65_HS1-834228961_62-HQ-83894_Serial_130
Agency: FBI
Page 30
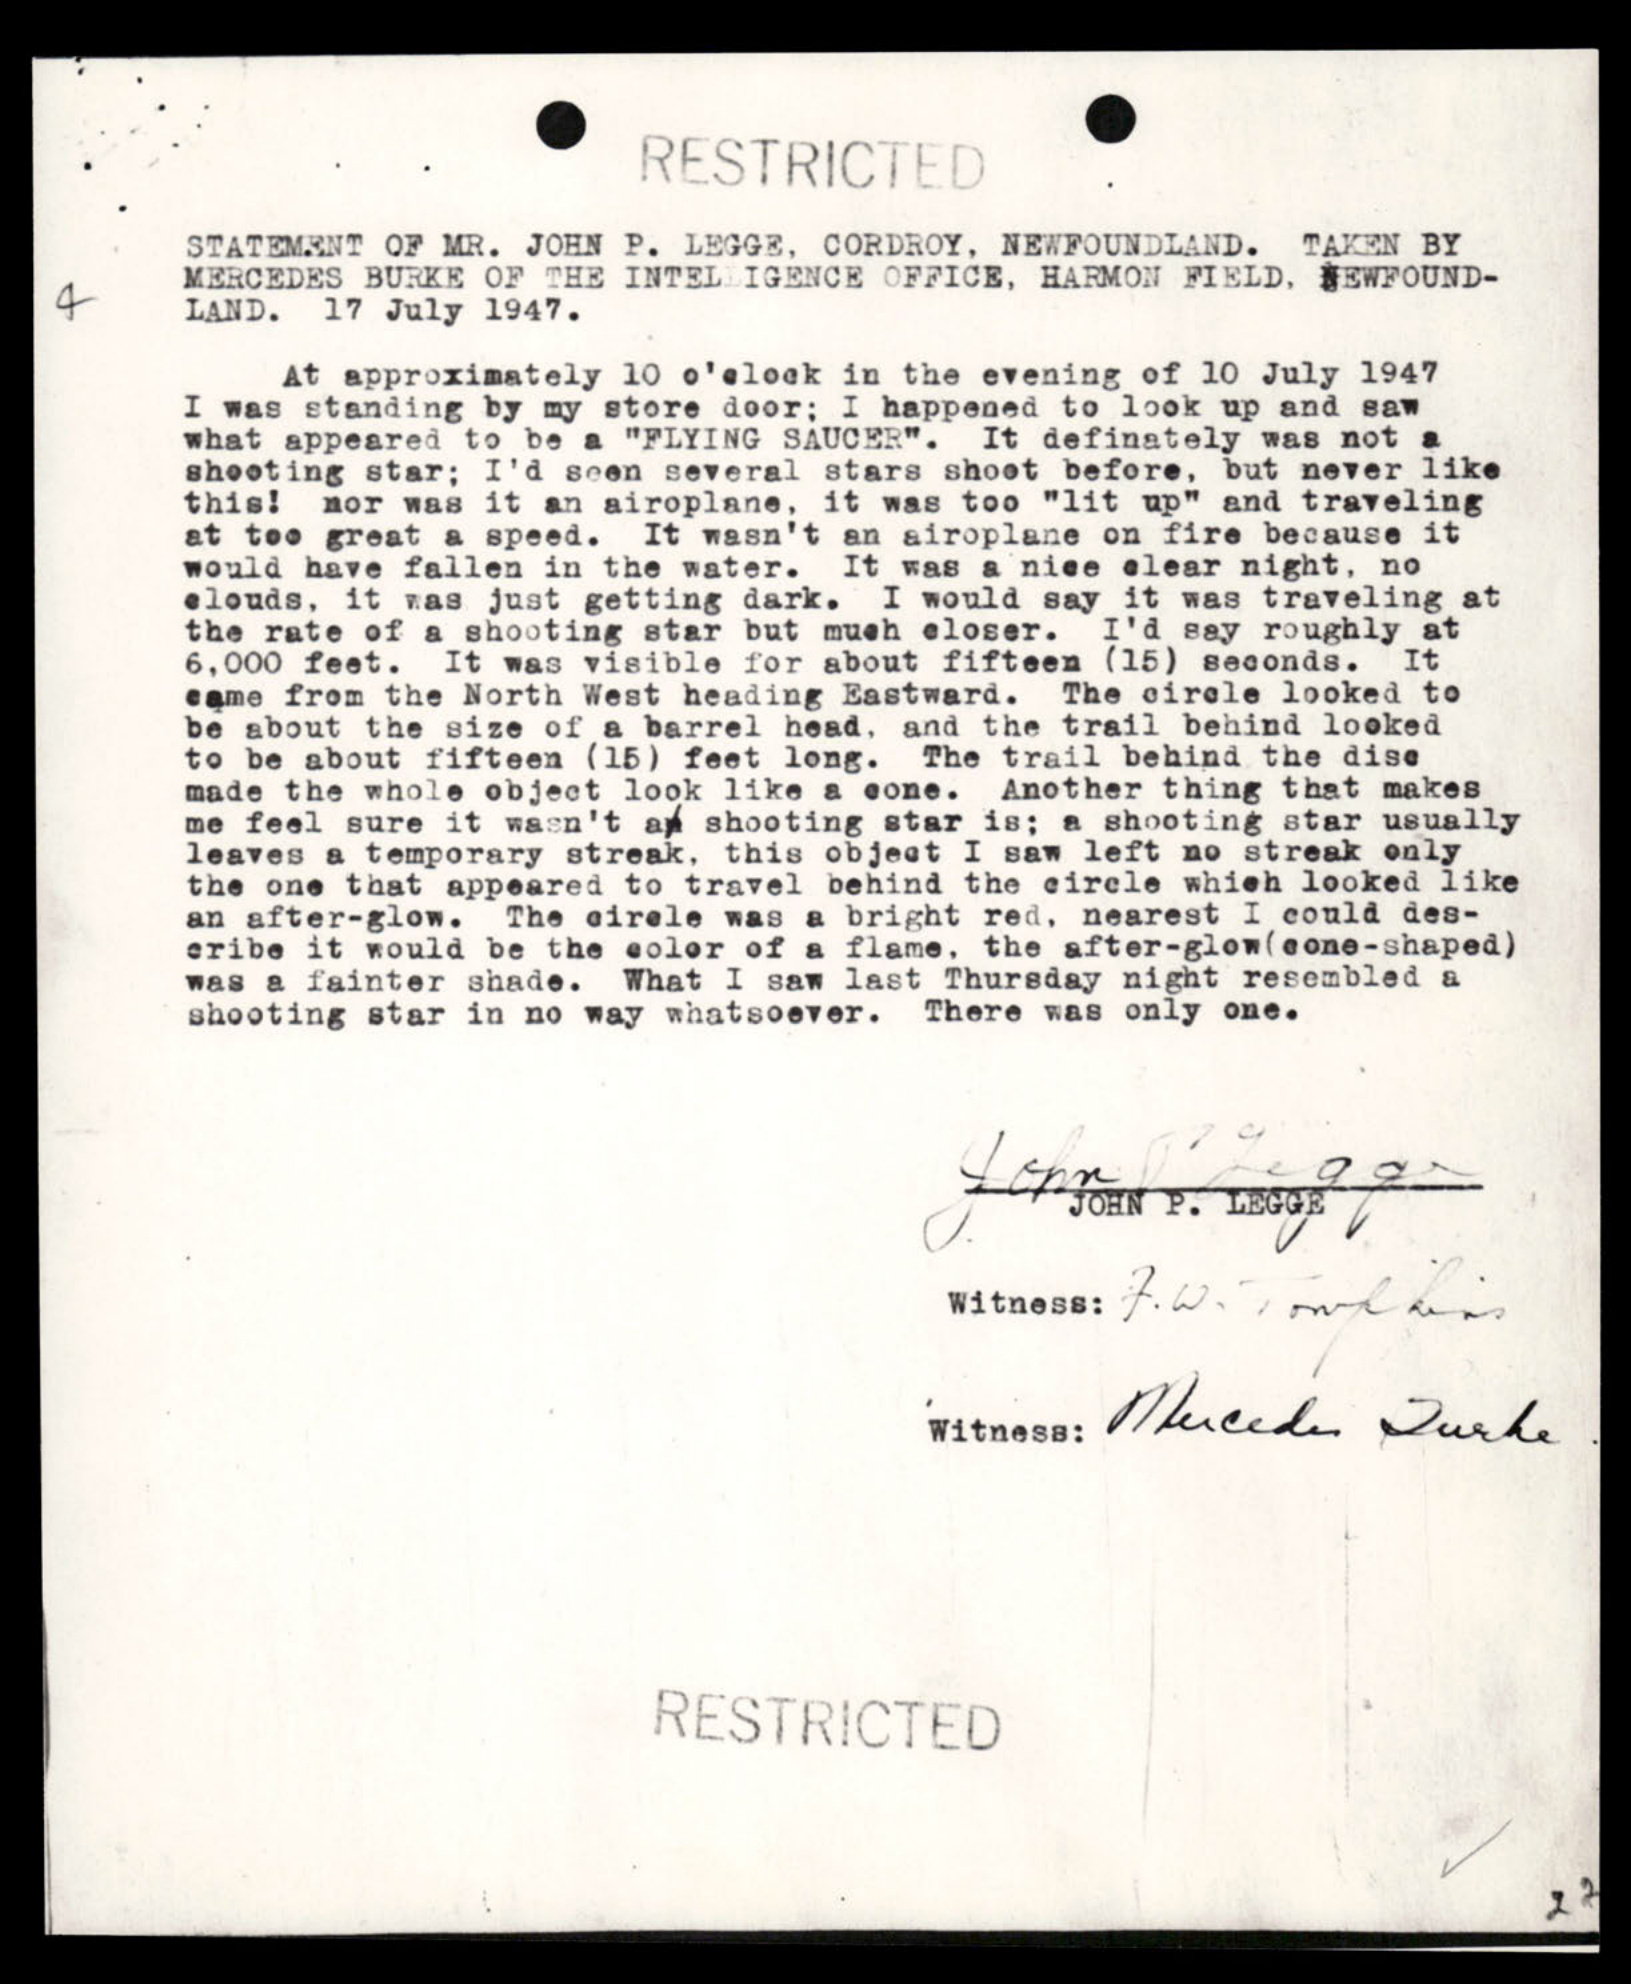